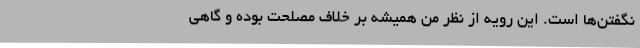
نگفتن‌ها است‌. این رویه از نظر من همیشه بر خلاف مصلحت بوده و گاهی